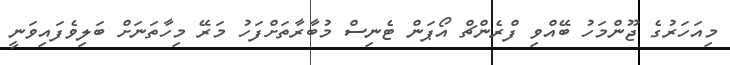
މިއަހަރުގެ ޖޫންމަހު ބޭއްވި ފްރެންޗް އޯޕަން ޓެނިސް މުބާރާތަށްފަހު މަރޭ މިހާތަނަށް ބަލިވެފައިވަނީ